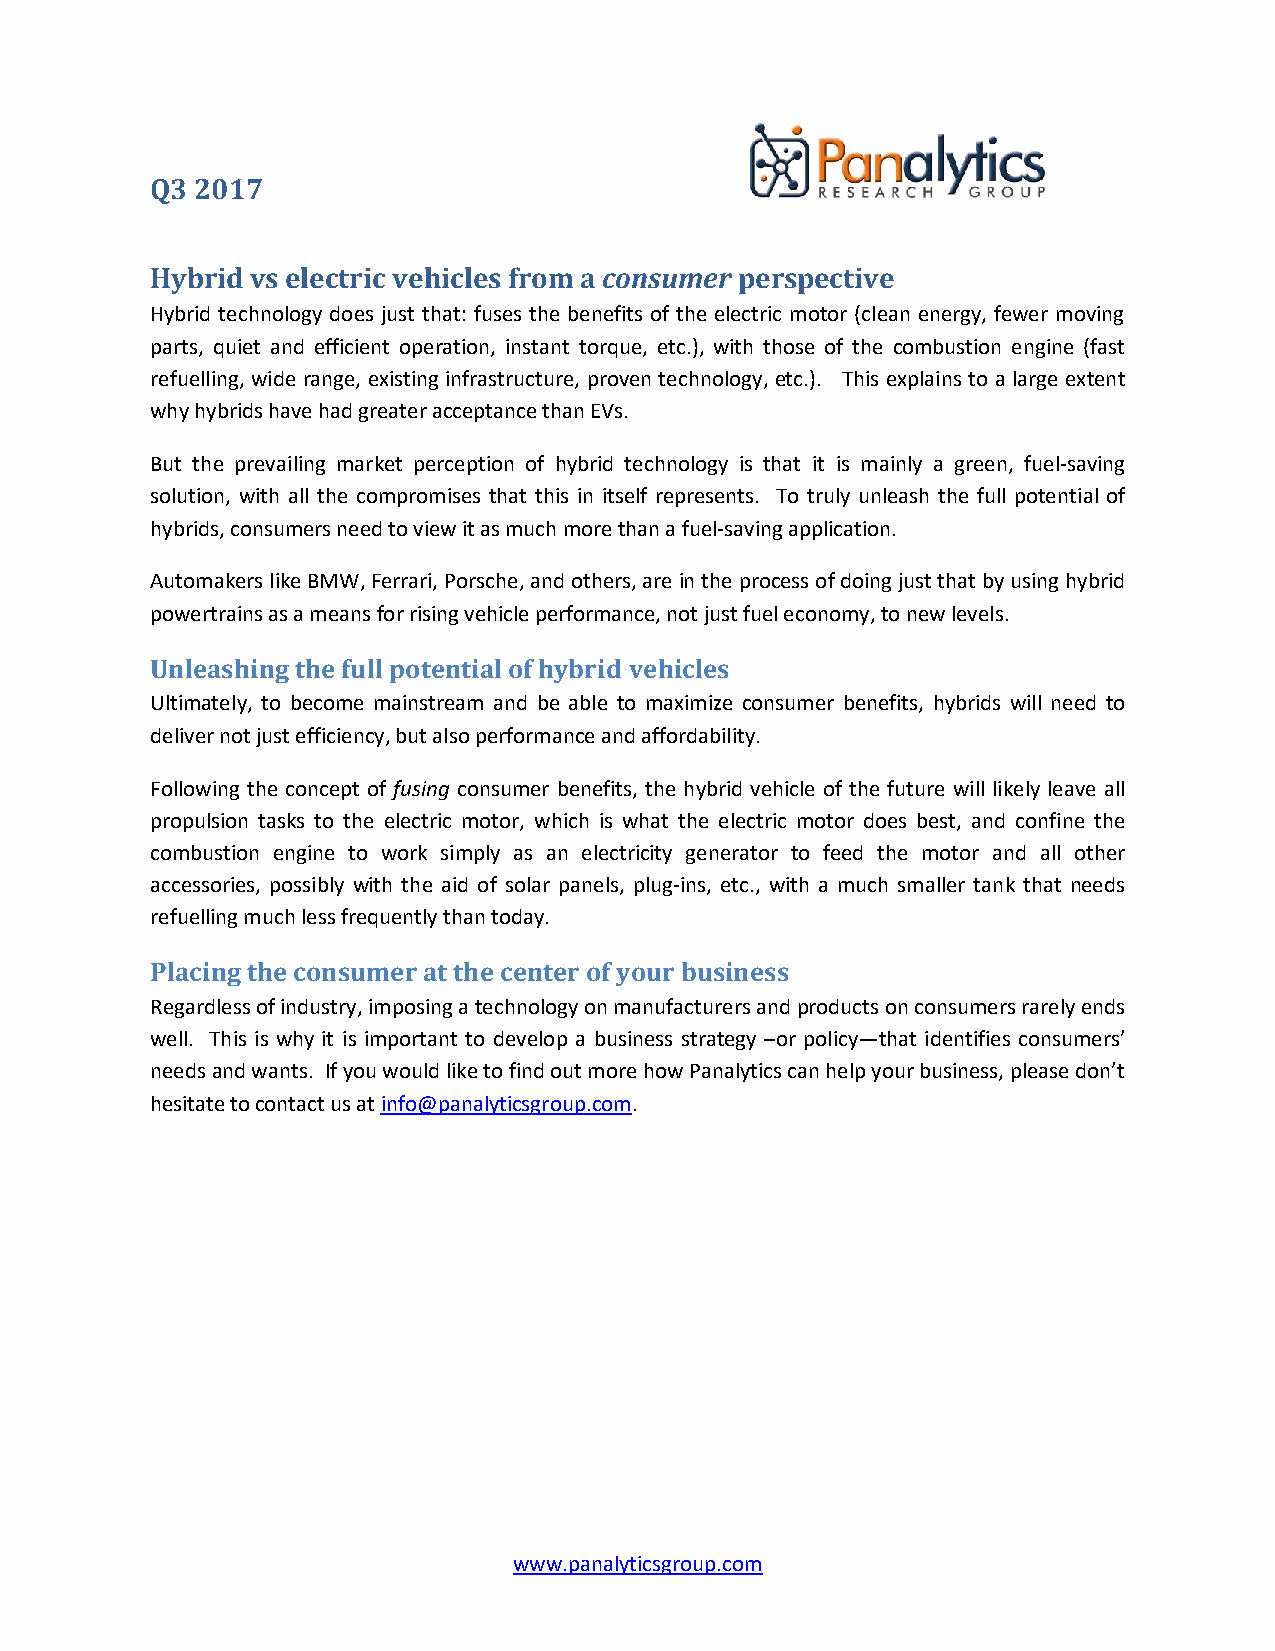
Q3 2017
 Hybrid vs electric vehicles from a consumer perspective
 Hybrid technology does just that: fuses the benefits of the electric motor (clean energy, fewer moving
 parts, quiet and efficient operation, instant torque, etc.), with those of the combustion engine (fast
 refuelling, wide range, existing infrastructure, proven technology, etc.). This explains to a large extent
 why hybrids have had greater acceptance than EVs.
 But the prevailing market perception of hybrid technology is that it is mainly a green, fuel-saving
 solution, with all the compromises that this in itself represents. To truly unleash the full potential of
 hybrids, consumers need to view it as much more than a fuel-saving application.
 Automakers like BMW, Ferrari, Porsche, and others, are in the process of doing just that by using hybrid
 powertrains as a means for rising vehicle performance, not just fuel economy, to new levels.
 Unleashing the full potential of hybrid vehicles
 Ultimately, to become mainstream and be able to maximize consumer benefits, hybrids will need to
 deliver not just efficiency, but also performance and affordability.
 Following the concept of fusing consumer benefits, the hybrid vehicle of the future will likely leave all
 propulsion tasks to the electric motor, which is what the electric motor does best, and confine the
 combustion engine to work simply as an electricity generator to feed the motor and all other
 accessories, possibly with the aid of solar panels, plug-ins, etc., with a much smaller tank that needs
 refuelling much less frequently than today.
 Placing the consumer at the center of your business
 Regardless of industry, imposing a technology on manufacturers and products on consumers rarely ends
 well. This is why it is important to develop a business strategy –or policy—that identifies consumers’
 needs and wants. If you would like to find out more how Panalytics can help your business, please don’t
 hesitate to contact us at info@panalyticsgroup.com.
 www.panalyticsgroup.com